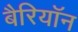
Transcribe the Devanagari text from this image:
बैरियॉन